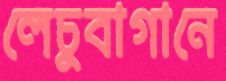
লেচুবাগানে